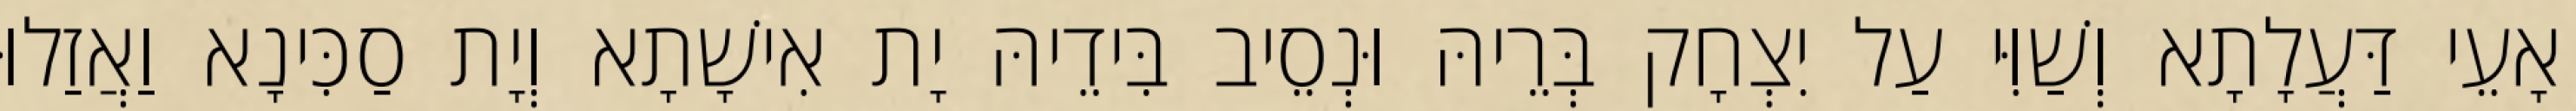
אָעֵי דַּעֲלָתָא וְשַׁוִּי עַל יִצְחָק בְּרֵיהּ וּנְסֵיב בִּידֵיהּ יָת אִישָׁתָא וְיָת סַכִּינָא וַאֲזַלוּ